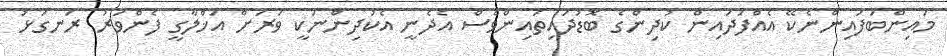
މައިންބަފައިންނެކޭ އެއްފަދައިން ކުދިންގެ ބޮޑުދައިތައިންވެސް އެދެނީ އެކުދިންނަކީ ވަރަށް އަޚްލާގީ ފެންވަރު ރަނގަޅު